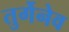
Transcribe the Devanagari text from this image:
तुर्गेनेव